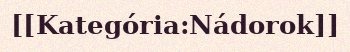
[[Kategória:Nádorok]]